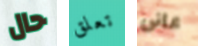
حال تعلق عانى